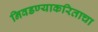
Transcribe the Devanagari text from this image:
निवडण्याकरिताचा